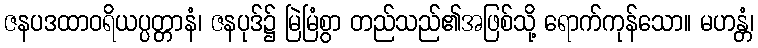
ဇနပဒထာဝရိယပ္ပတ္တာနံ၊ ဇနပုဒ်၌ မြဲမြံစွာ တည်သည်၏အဖြစ်သို့ ရောက်ကုန်သော။ မဟန္တံ၊